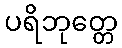
ပရိဘုတ္တေ